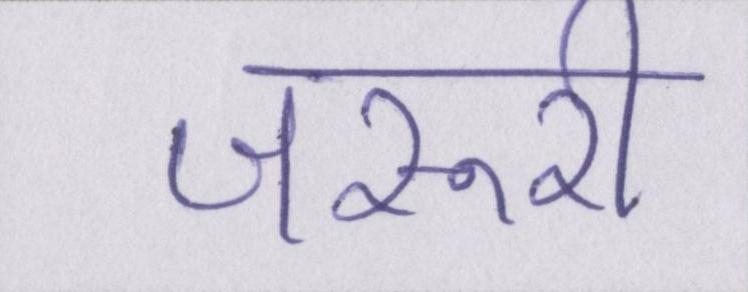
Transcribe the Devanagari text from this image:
जरूरी